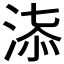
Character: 𣶠